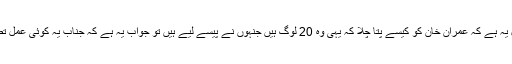
ایک اور سوال یہ ہے کہ عمران خان کو کیسے پتا چلا کہ یہی وہ 20 لوگ ہیں جنہوں نے پیسے لیے ہیں تو جواب یہ ہے کہ جناب یہ کوئی عمل تطہیر نہیں ہے۔